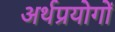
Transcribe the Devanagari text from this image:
अर्थप्रयोगों